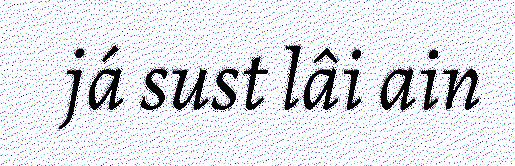
já sust lâi ain